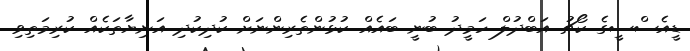
ޑީއެސްސީގެ ކޯޗު އަބްދުލް ހަމީދު ބުނީ ބައެއް ކުޅުންތެރިންނަށް ކުދިކުދި އަނިޔާތަކެއް ކުރިމަތިވި